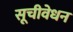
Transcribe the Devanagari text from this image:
सूचीवेधन